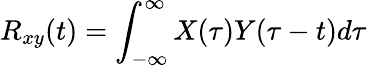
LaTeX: R_{xy}(t)=\int_{-\infty}^{\infty}X(\tau)Y(\tau-t)d\tau